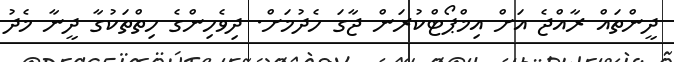
ދީންތައް ރާއްޖެ އަށް އިމްޕޯޓްކުރަން ޖާގަ ހެދުމަށް. ދިވެހިންގެ ހިތްތަކުގާ ދީނާ މެދު